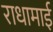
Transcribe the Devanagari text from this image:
राधामाई